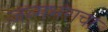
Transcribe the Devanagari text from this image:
जन्मभराचा